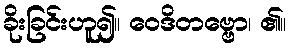
ခိုးခြင်းဟူ၍။ ဝေဒိတဗ္ဗော၊ ၏။